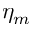
\eta _ { m }